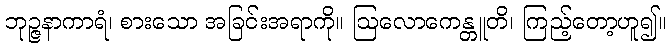
ဘုဉ္ဇနာကာရံ၊ စားသော အခြင်းအရာကို။ ဩလောကေန္တူတိ၊ ကြည့်တော့ဟူ၍။